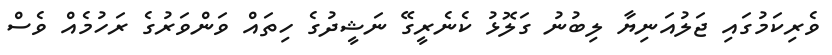
ވެރިކަމުގައި ޖަލުއަނިޔާ ލިބުނު ގަލޮޅު ކެނެރީގޭ ނަޝީދުގެ ހިތައް ވަންވަރުގެ ރަހުމެއް ވެސް